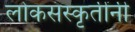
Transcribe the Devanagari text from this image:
लोकसंस्कृतींनी